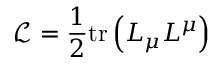
{ \mathcal { L } } = { \frac { 1 } { 2 } } \mathrm { t r } \left( L _ { \mu } L ^ { \mu } \right)